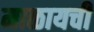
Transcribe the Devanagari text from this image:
माळायची